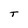
Character: T